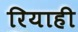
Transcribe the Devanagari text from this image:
रियाही